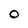
Character: O